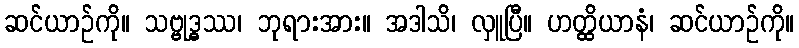
ဆင်ယာဉ်ကို။ သဗ္ဗုဒ္ဓဿ၊ ဘုရားအား။ အဒါသိ၊ လှူပြီ။ ဟတ္ထိယာနံ၊ ဆင်ယာဉ်ကို။